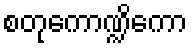
စတုကောဏ္ဍိကော